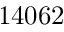
1 4 0 6 2